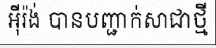
អ៊ីរ៉ង់ បានបញ្ជាក់សាជាថ្មី